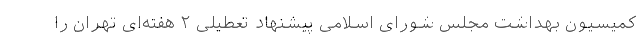
کمیسیون بهداشت مجلس شورای اسلامی پیشنهاد تعطیلی ۲ هفته‌ای تهران را